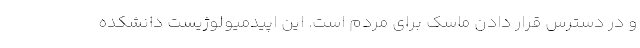
و در دسترس قرار دادن ماسک برای مردم است. این اپیدمیولوژیست دانشکده